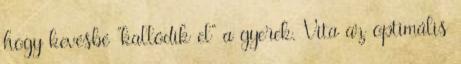
hogy kevésbé "kallódik el" a gyerek. Vita az optimális